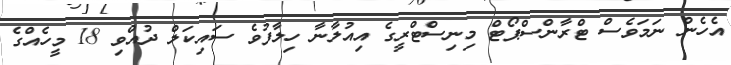
އެހެން ނަމަވެސް ޓްރާންސްޕޯޓް މިނިސްޓްރީގެ އިއުލާނާ ހިލާފުވެ ސައިކަލް ދުއްވި 18 މީހެއްގެ